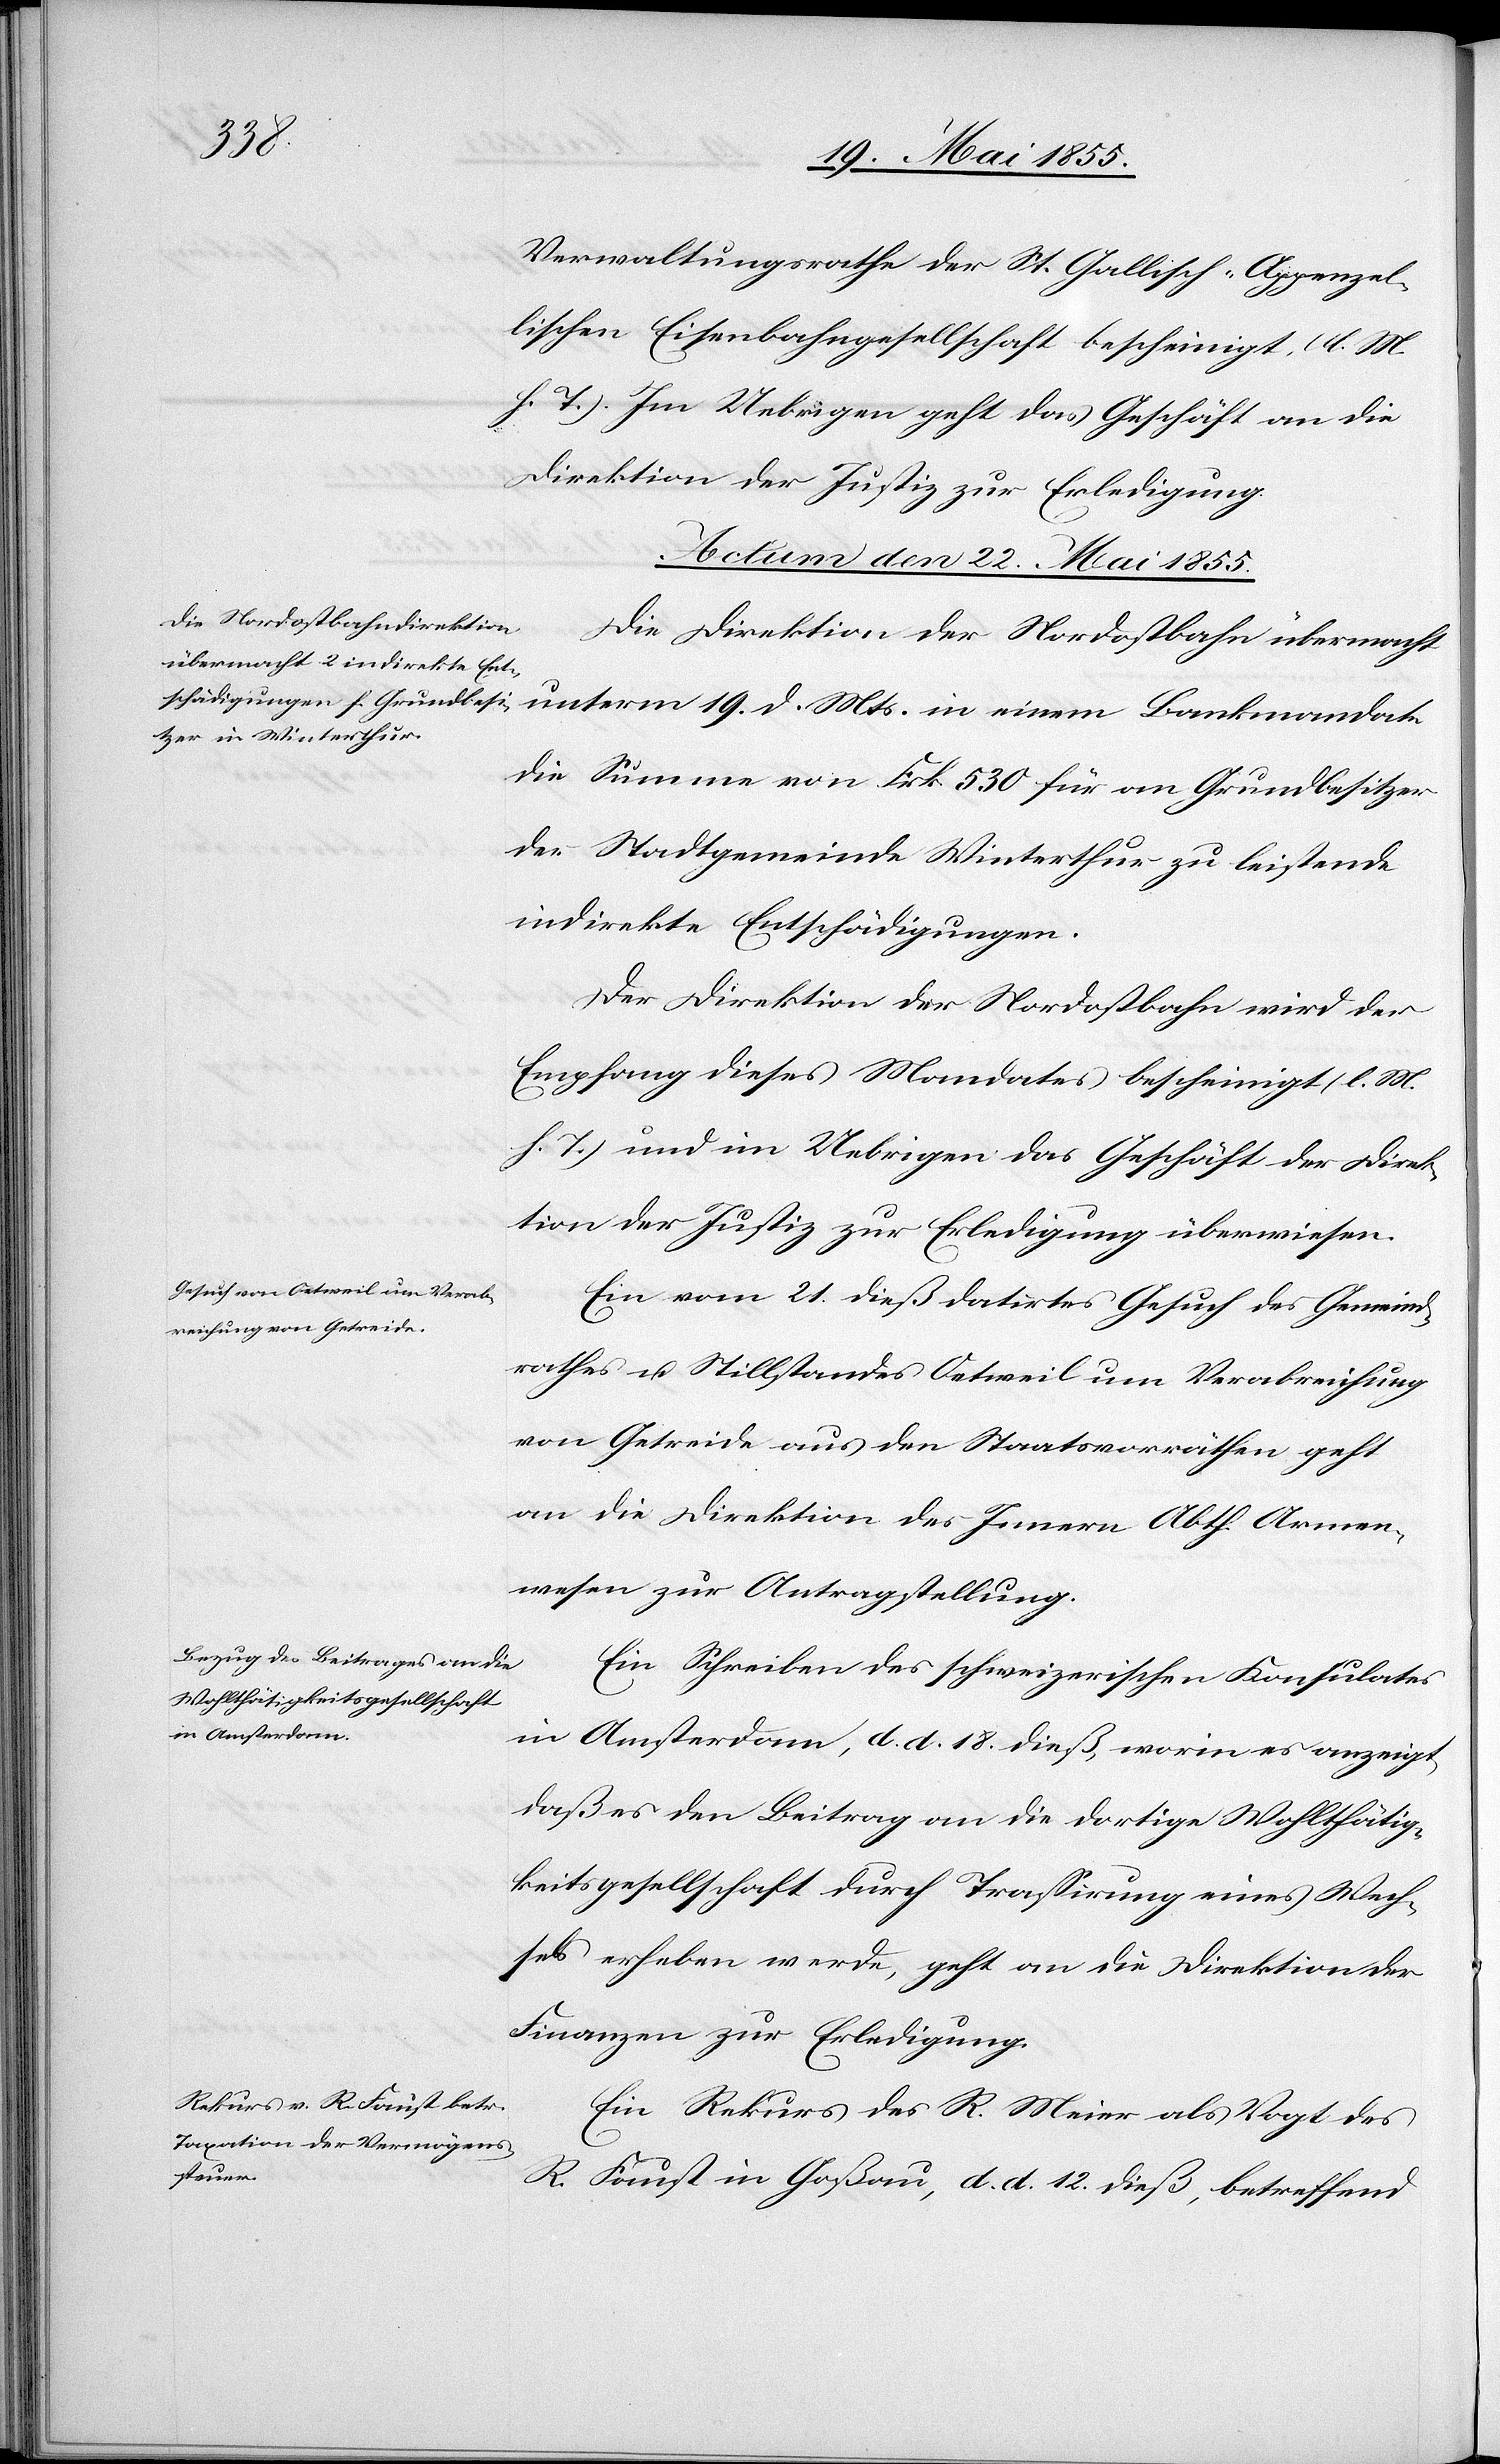
Verwaltungsrathe der St. Gallisch-Appenzel¬
lischen Eisenbahngesellschaft bescheinigt (l. M.
h. T.). Im Uebrigen geht das Geschäft an die
Direktion der Justiz zur Erledigung.
Actum den 22. Mai 1855.]
Die Direktion der Nordostbahn übermacht
unterm 19. d. Mts. in einem Bankmandate
die Summe von Frk. 530 für an Grundbesitzer
der Stadtgemeinde Winterthur zu leistende
indirekte Entschädigungen.
Der Direktion der Nordostbahn wird der
Empfang dieses Mandates bescheinigt (l. M.
h. T.) und im Uebrigen das Geschäft der Direk¬
tion der Justiz zur Erledigung überwiesen.
Ein vom 21. dieß datirtes Gesuch des Gemeind¬
rathes u. Stillstandes Oetweil um Verabreichung
von Getreide aus den Staatsvorräthen geht
an die Direktion des Innern Abth. Armen¬
wesen zur Antragstellung.
Ein Schreiben des schweizerischen Konsulates
in Amsterdam, d. d. 18. dieß, worin es anzeigt,
daß es den Beitrag an die dortige Wohlthätig¬
keitsgesellschaft durch Trassirung eines Wech¬
sels erheben werde, geht an die Direktion der
Finanzen zur Erledigung.
Ein Rekurs des R. Meier als Vogt des
R. Faust in Goßau, d. d. 12. dieß, betreffend